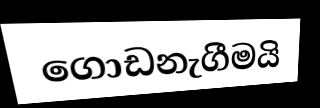
ගොඩනැගීමයි